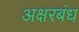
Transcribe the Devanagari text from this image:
अक्षरबंध